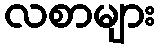
လစာများ